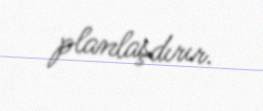
planlaşdırır.